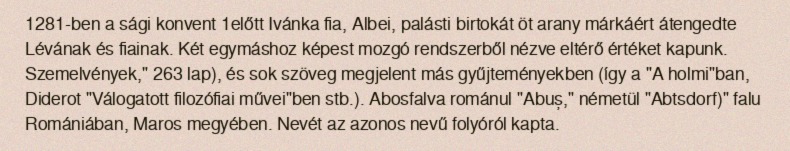
1281-ben a sági konvent 1előtt Ivánka fia, Albei, palásti birtokát öt arany márkáért átengedte Lévának és fiainak. Két egymáshoz képest mozgó rendszerből nézve eltérő értéket kapunk. Szemelvények," 263 lap), és sok szöveg megjelent más gyűjteményekben (így a "A holmi"ban, Diderot "Válogatott filozófiai művei"ben stb.). Abosfalva románul "Abuș," németül "Abtsdorf)" falu Romániában, Maros megyében. Nevét az azonos nevű folyóról kapta.